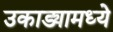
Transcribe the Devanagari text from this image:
उकाड्यामध्ये